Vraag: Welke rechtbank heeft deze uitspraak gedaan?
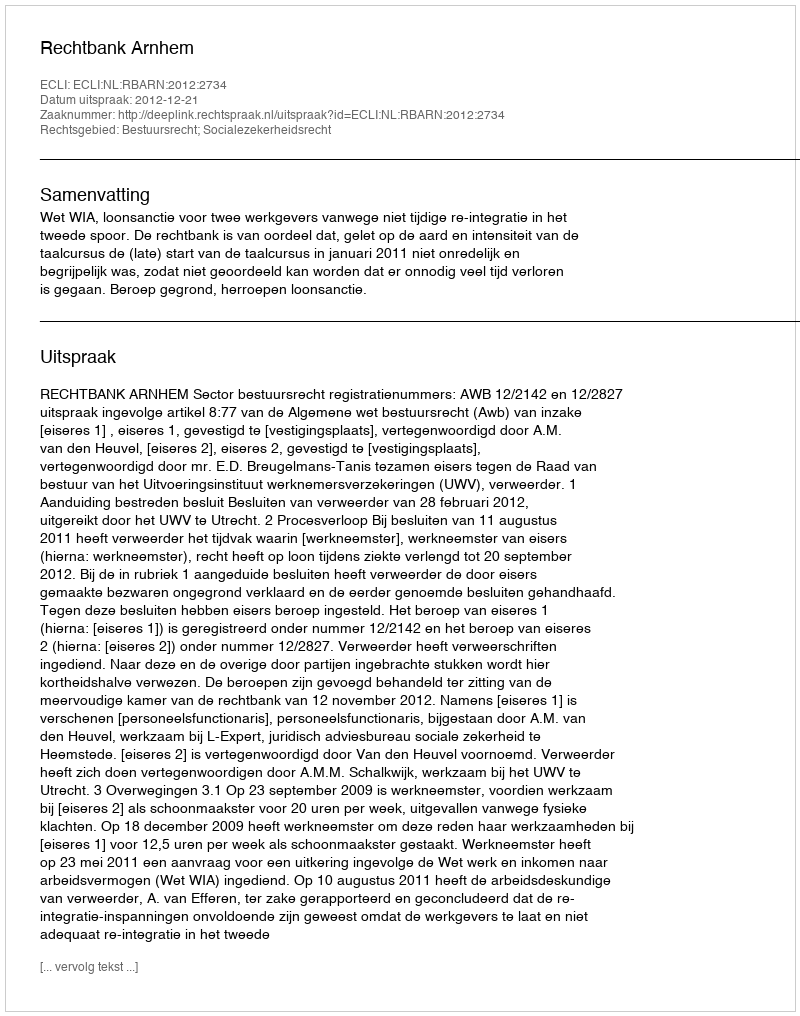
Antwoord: Rechtbank Arnhem